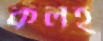
কলহ